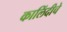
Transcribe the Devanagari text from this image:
कालिंदीचे